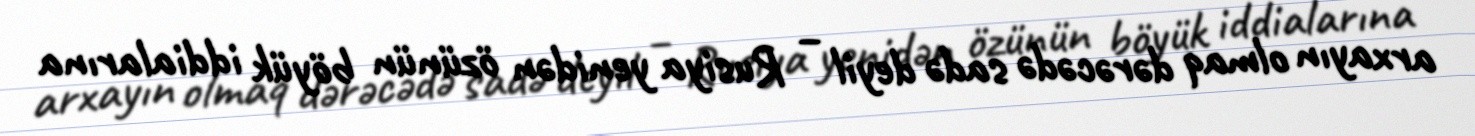
arxayın olmaq dərəcədə sadə deyil – Rusiya yenidən özünün böyük iddialarına